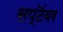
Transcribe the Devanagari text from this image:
सप्टॆंबर